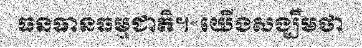
ធនធានធម្មជាតិ។«យើងសង្ឃឹមថា